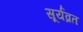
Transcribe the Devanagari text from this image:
सूर्यव्रत